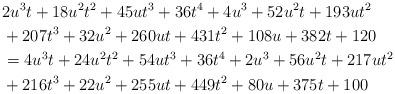
LaTeX: \begin{align*}& 2u^3t+18u^2t^2+45ut^3+36t^4+4u^3+52u^2t+193ut^2 \\& +207t^3+32u^2+260ut+431t^2+108u+382t+120 \\& =4u^3t+24u^2t^2+54ut^3+36t^4+2u^3+56u^2t+217ut^2 \\& +216t^3+22u^2+255ut+449t^2+80u+375t+100\end{align*}